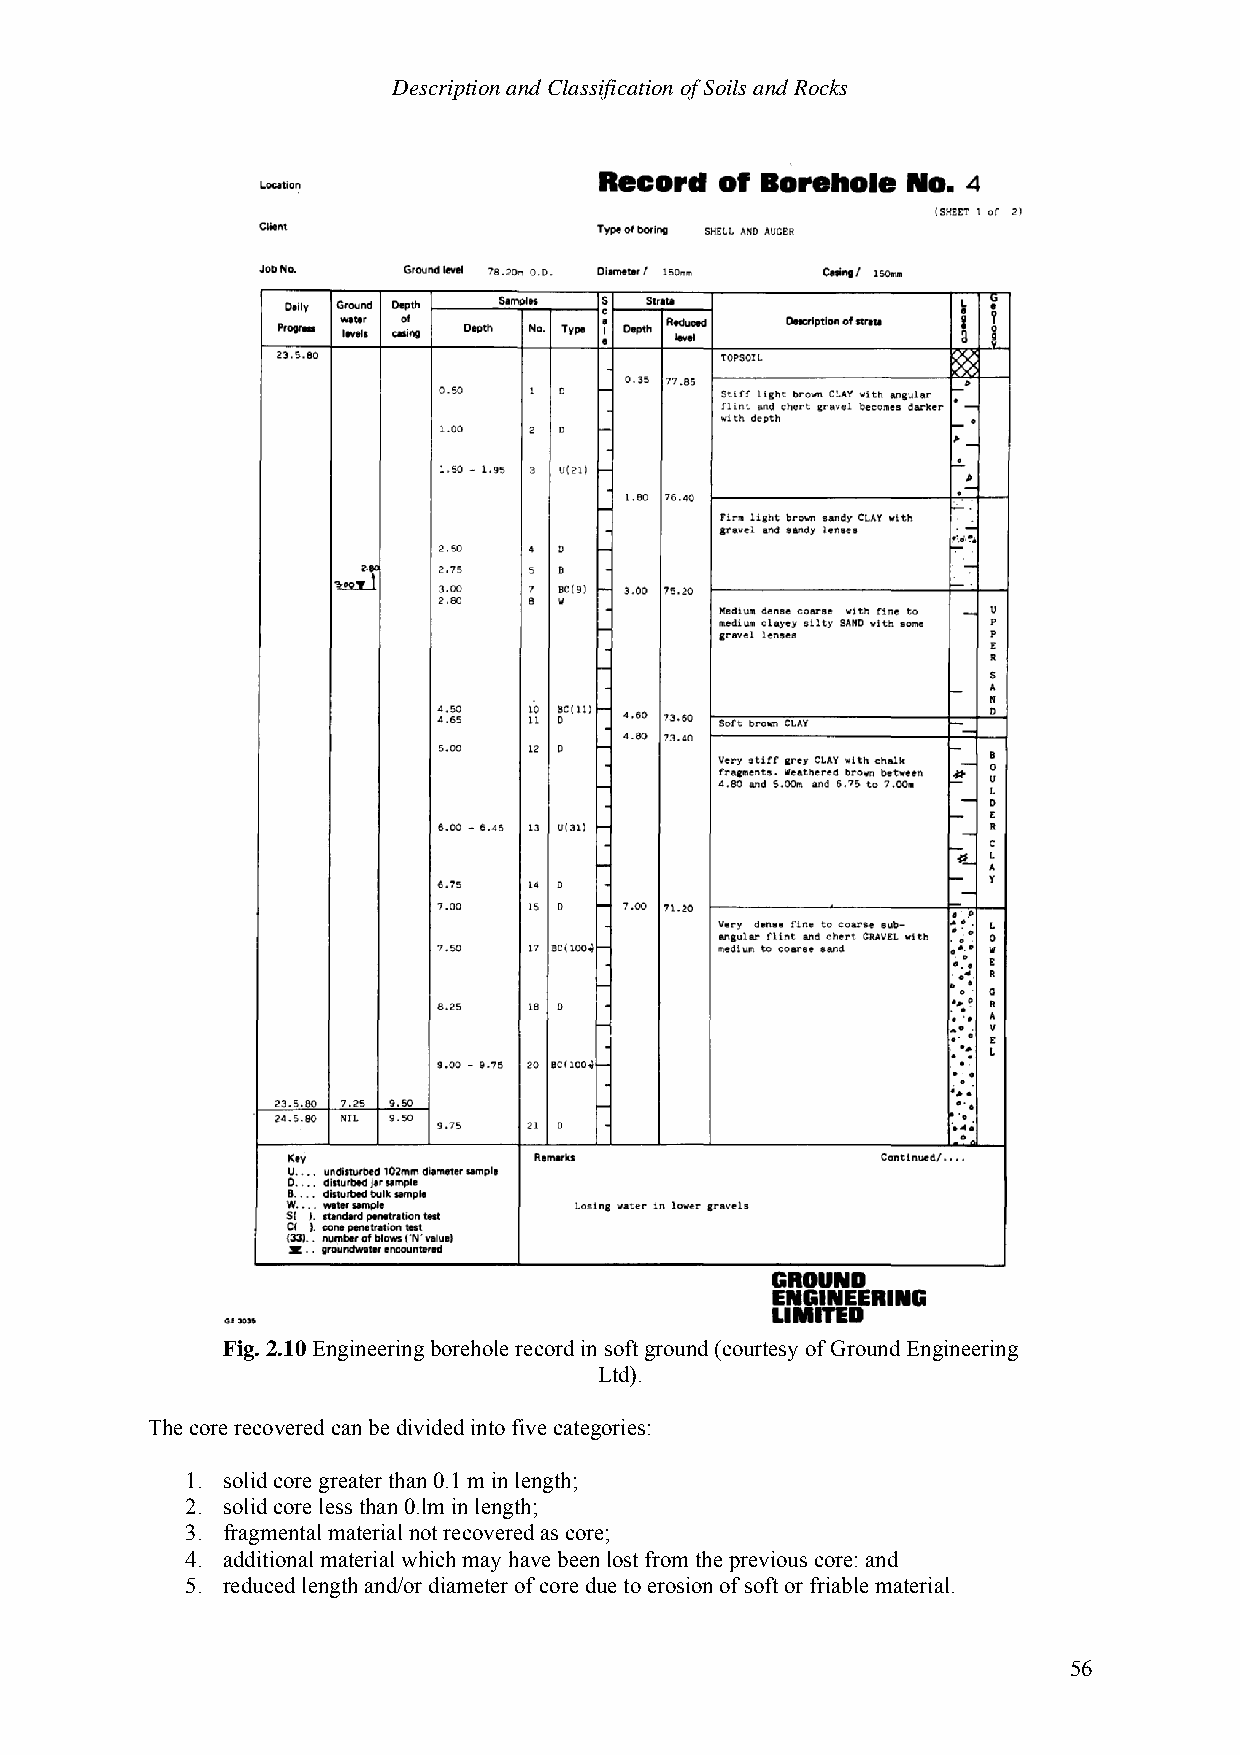
Description and Classification of Soils and Rocks
 Fig. 2.10 Engineering borehole record in soft ground (courtesy of Ground Engineering
 Ltd).
 The core recovered can be divided into five categories:
 1. solid core greater than 0.1 m in length;
 2. solid core less than 0.lm in length;
 3. fragmental material not recovered as core;
 4. additional material which may have been lost from the previous core: and
 5. reduced length and/or diameter of core due to erosion of soft or friable material.
 56